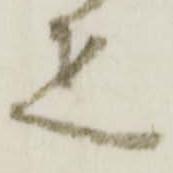
疋